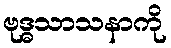
ဗုဒ္ဓသာသနာကို